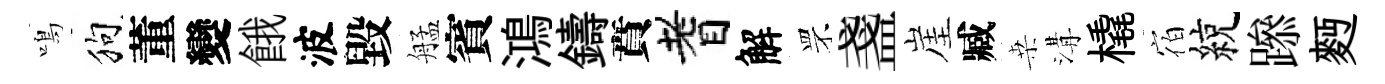
鳴狗董變餓波毀艋賓鴻鑄賁耆解罘盞崖臧桒溝橇宿綂𨅶麪